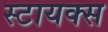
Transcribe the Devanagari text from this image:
स्टायक्स